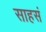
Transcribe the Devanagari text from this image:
साहसं